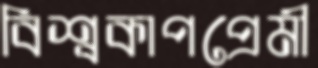
বিশ্বকাপপ্রেমী